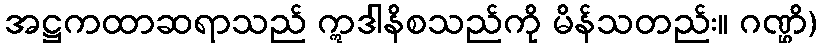
အဋ္ဌကထာဆရာသည် ဣဒါနိစသည်ကို မိန်သတည်း။ ဂဏ္ဌိ)